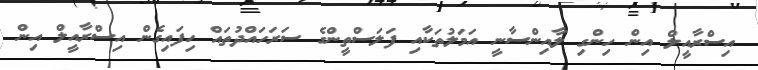
އިސްރާއީލް އިން ހިންގި ލާއިންސާނީ އަމަލުތަކާއި ފަލަސްތީންގެ ސަރަހައްދުތައް ހިފައިގެން އިސްރާއީލް އިން